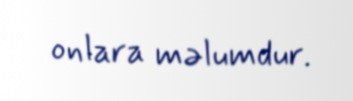
onlara məlumdur.